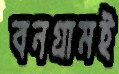
বনগ্রামই